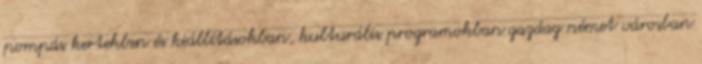
pompás kertekben és kiállításokban, kulturális programokban gazdag német városban